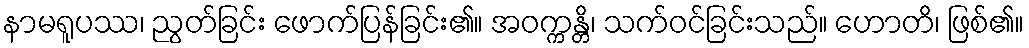
နာမရူပဿ၊ ညွတ်ခြင်း ဖောက်ပြန်ခြင်း၏။ အဝက္ကန္တိ၊ သက်ဝင်ခြင်းသည်။ ဟောတိ၊ ဖြစ်၏။